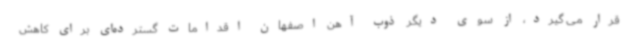
قرار می گیرد، از سوی دیگر ذوب آهن اصفهان اقدامات گسترده‌ای برای کاهش